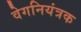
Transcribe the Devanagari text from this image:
वेगनियंत्रक